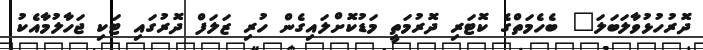
ދޮރުހުޅުވާލަބަލަ" ބެހެމަތްގެ ކޮޓަރި ދޮރުމަތީ މަޑުކޮށްލައިގެން ހުރި ޒަލަފް ދޮރުގައި ޓަކި ޖަހާލުމާއެކު